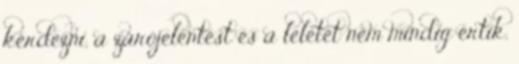
kérdezni, a zárójelentést és a leletet nem mindig értik,